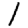
Digit: 1